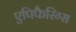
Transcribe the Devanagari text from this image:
एपिफैरिग्स